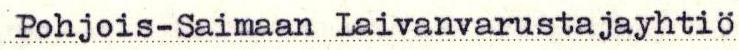
Pohjois-Saimaan Laivanvarustajayhtiö